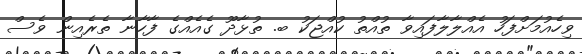
ވިހެއުމަށްފަހު އެއްލާލާފައިވާ ތުއްތު ކުއްޖަކު ބ. ތުޅާދޫ ގެއެއްގެ ފާހާނާ ތެރެއިން ވެސް